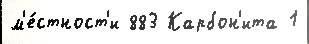
м'е́стност'и 883 Карбон'ита 1